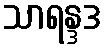
သာရန္ဒဒ